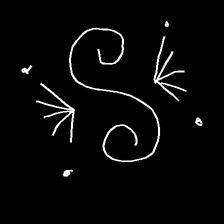
Glyph: aeroform